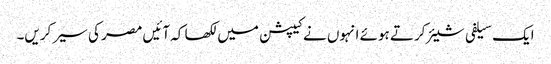
ایک سیلفی شیئر کرتے ہوئے انہوں نے کیپشن میں لکھا کہ آئیں مصر کی سیر کریں۔